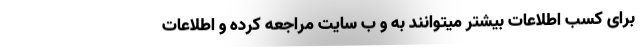
برای کسب اطلاعات بیشتر میتوانند به و ب سایت مراجعه کرده و اطلاعات